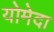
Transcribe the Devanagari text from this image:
योमेदा